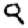
Digit: 9